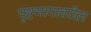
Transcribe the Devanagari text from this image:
पृष्टभागावरील